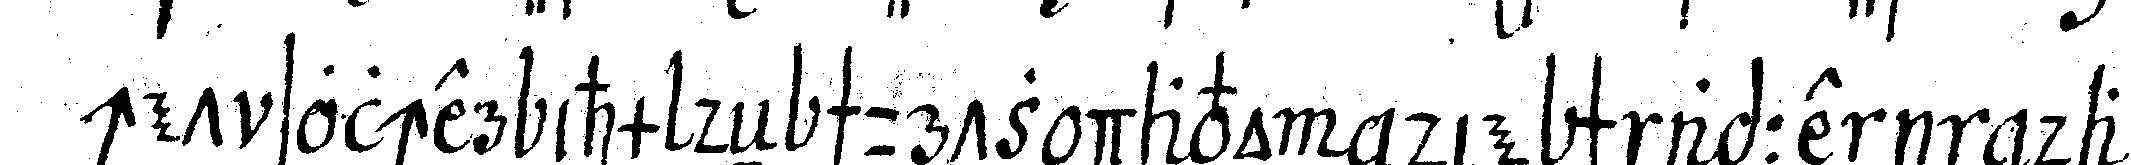
chet solcher ihm deN schurtz davon die schnappe in das